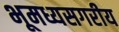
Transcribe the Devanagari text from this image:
भूमध्यसगरीय